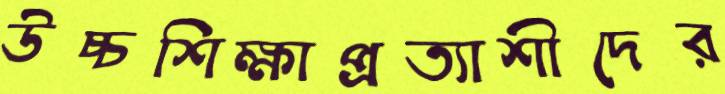
উচ্চশিক্ষাপ্রত্যাশীদের